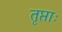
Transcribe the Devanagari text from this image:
तृप्ताः